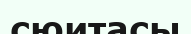
сюитасы